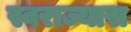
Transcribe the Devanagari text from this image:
स्वराज्यास